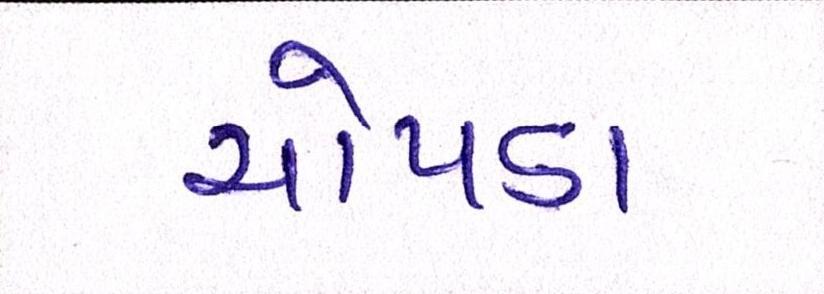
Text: ચોપડા